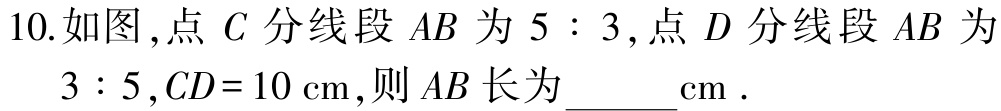
10.如图,点 \(C\) 分线段 \(AB\) 为 \(5:3\),点 \(D\) 分线段 \(AB\) 为 \(3:5\),\(CD = 10\mathrm{cm}\),则 \(AB\) 长为  \_\_\_\_\(\mathrm{cm}\).